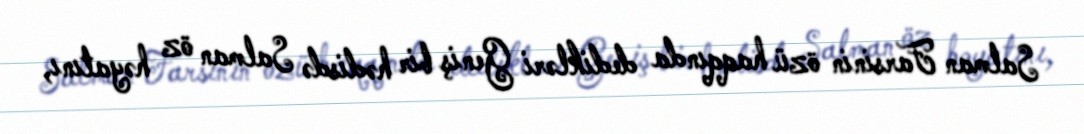
Salman Farsinin özü haqqında dedikləri Geniş bir hədisdə Salman öz həyatını,